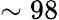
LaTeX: \sim 98